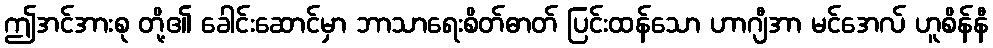
ဤအင်အားစု တို့၏ ခေါင်းဆောင်မှာ ဘာသာရေးစိတ်ဓာတ် ပြင်းထန်သော ဟာဂျီအာ မင်အေလ် ဟူစိန်နီ